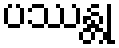
ပဿန္တု